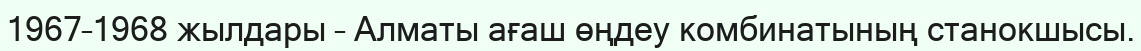
1967–1968 жылдары – Алматы ағаш өңдеу комбинатының станокшысы.